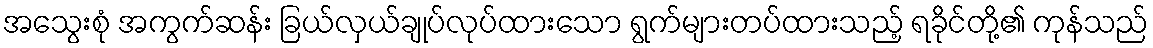
အသွေးစုံ အကွက်ဆန်း ခြယ်လှယ်ချုပ်လုပ်ထားသော ရွက်များတပ်ထားသည့် ရခိုင်တို့၏ ကုန်သည်